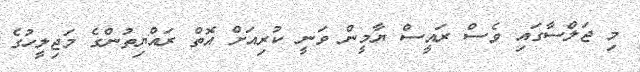
މި ޖަލްސާގައި ވެސް ރައީސް ޔާމީން ވަނީ ކުރިއަށް އޮތް ރައްޔިތުންގެ މަޖިލީހުގެ